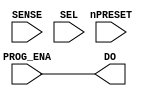
/* Generated by Yosys 0.22 (git sha1 f109fa3d4, gcc 8.3.0-6 -fPIC -Os) */

(* top =  1  *)
module efuse_array(nPRESET, SENSE, PROG_ENA, SEL, DO);
  output [7:0] DO;
  wire [7:0] DO;
  input [7:0] PROG_ENA;
  wire [7:0] PROG_ENA;
  input [127:0] SEL;
  wire [127:0] SEL;
  input SENSE;
  wire SENSE;
  input nPRESET;
  wire nPRESET;
  assign DO = PROG_ENA;
endmodule